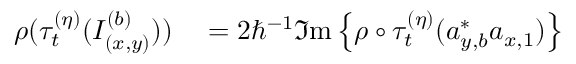
\begin{array} { r l } { \rho ( \tau _ { t } ^ { ( \eta ) } ( I _ { ( x , y ) } ^ { ( b ) } ) ) } & { { } = 2 \hbar ^ { - 1 } \Im \mathrm { m } \left\{ \rho \circ \tau _ { t } ^ { ( \eta ) } ( a _ { y , b } ^ { \ast } a _ { x , 1 } ) \right\} } \end{array}